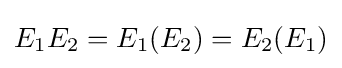
E_{1}E_{2}=E_{1}(E_{2})=E_{2}(E_{1})